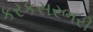
કરકસરભરી